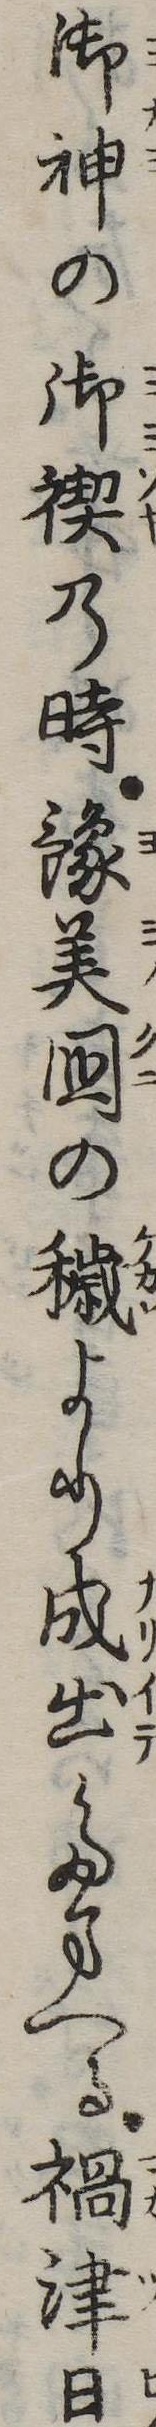
御神の御禊の時予美国の穢より成出たまへる禍津日